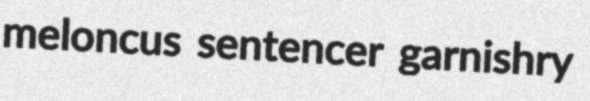
meloncus sentencer garnishry